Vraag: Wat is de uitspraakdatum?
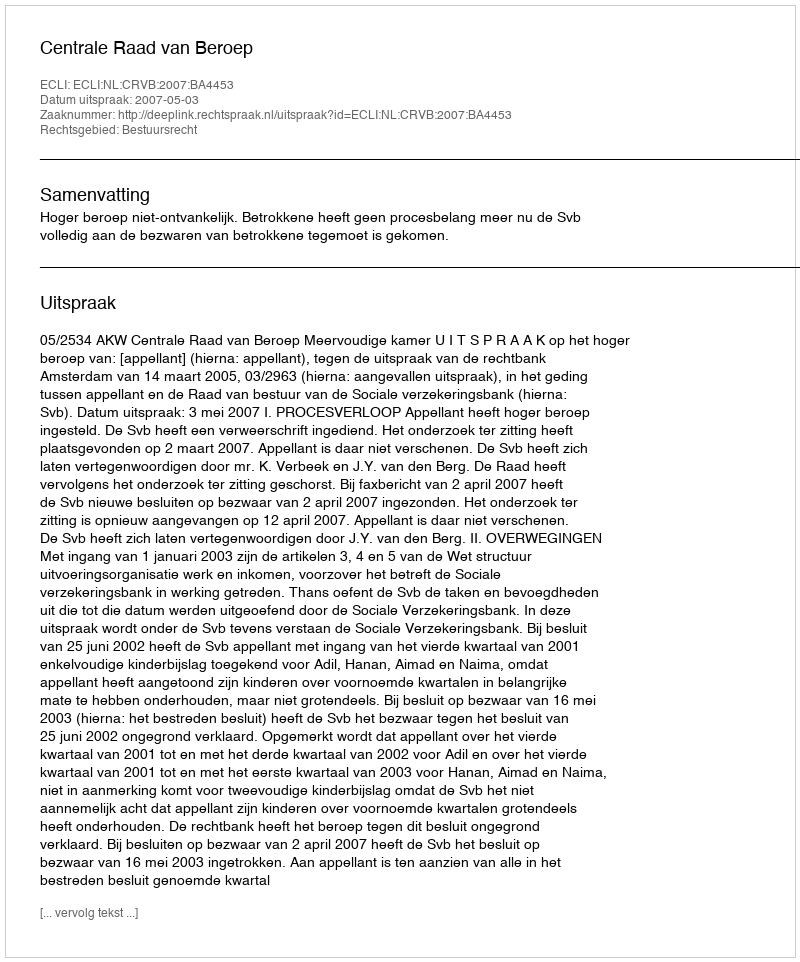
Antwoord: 2007-05-03